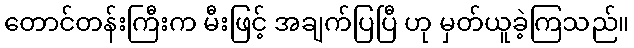
တောင်တန်းကြီးက မီးဖြင့် အချက်ပြပြီ ဟု မှတ်ယူခဲ့ကြသည်။